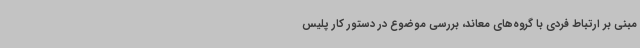
مبنی بر ارتباط فردی با گروه‌های معاند، بررسی موضوع در دستور کار پلیس